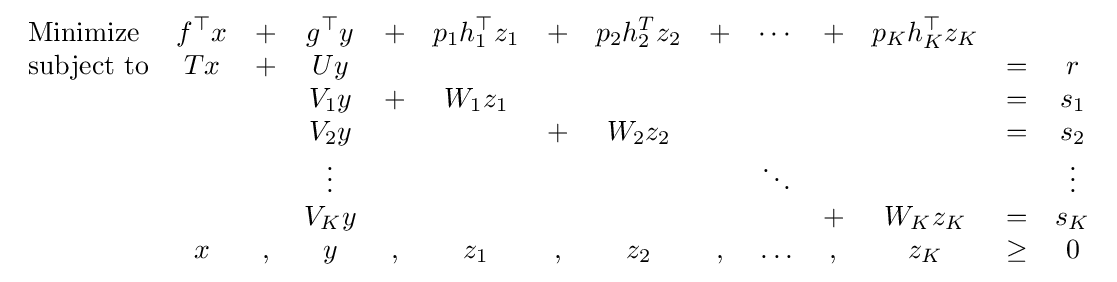
{\begin{array}{lccccccccccccc}{\text{Minimize}}&f^{\top }x&+&g^{\top }y&+&p_{1}h_{1}^{\top }z_{1}&+&p_{2}h_{2}^{T}z_{2}&+&\cdots &+&p_{K}h_{K}^{\top }z_{K}&&\\{\text{subject to}}&Tx&+&Uy&&&&&&&&&=&r\\&&&V_{1}y&+&W_{1}z_{1}&&&&&&&=&s_{1}\\&&&V_{2}y&&&+&W_{2}z_{2}&&&&&=&s_{2}\\&&&\vdots &&&&&&\ddots &&&&\vdots \\&&&V_{K}y&&&&&&&+&W_{K}z_{K}&=&s_{K}\\&x&,&y&,&z_{1}&,&z_{2}&,&\ldots &,&z_{K}&\geq &0\\\end{array}}